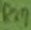
Text: R27